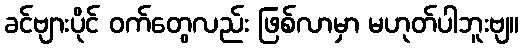
ခင်ဗျားပိုင် ဝက်တွေလည်း ဖြစ်လာမှာ မဟုတ်ပါဘူးဗျ။